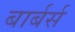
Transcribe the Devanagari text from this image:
बार्बर्स